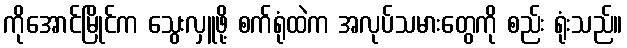
ကိုအောင်မြိုင်က သွေးလှူဖို့ စက်ရုံထဲက အလုပ်သမားတွေကို စည်း ရုံးသည်။